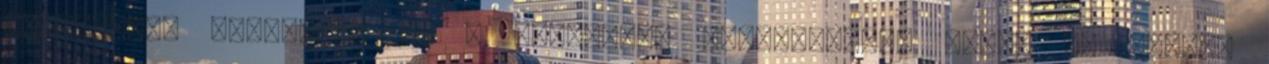
társadalmi stigmának és a hatóságok vegzálásának mégis ki vannak